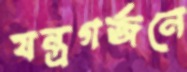
যন্ত্রগর্জনে